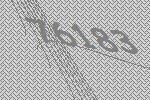
76183